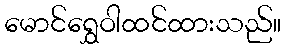
မောင်ရွှေဝါထင်ထားသည်။